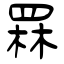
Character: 罧